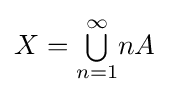
X={\textstyle \bigcup \limits _{n=1}^{\infty }}nA